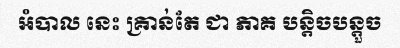
អំបាល នេះ គ្រាន់តែ ជា ភាគ បន្តិចបន្តួច